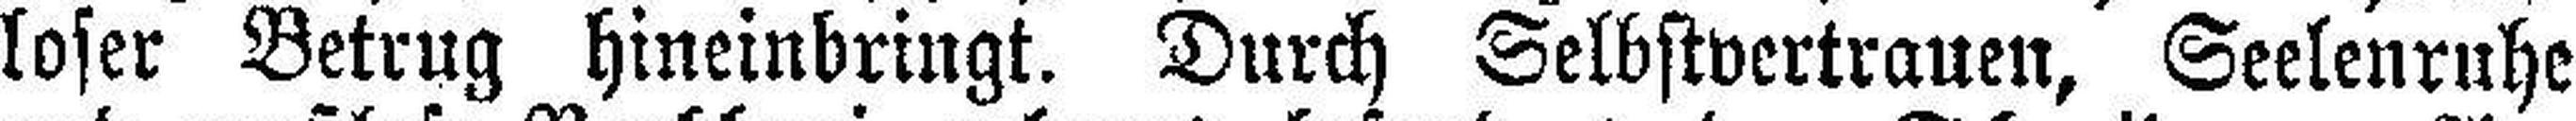
loser Betrug hineinbringt. Durch Selbstvertrauen, Seelenruhe